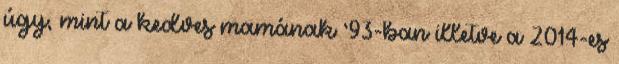
úgy, mint a kedves mamának ’93-ban illetve a 2014-es